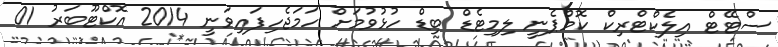
ސްޓޭޓް އިލެކްޓްރިކް ކޮމްޕެނީ ލިމިޓެޑް ބިޑް ހުޅުވުމަށް ހަމަޖެހިފައިވަނީ 2014 އޮކްޓޫބަރު 01